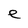
Character: e